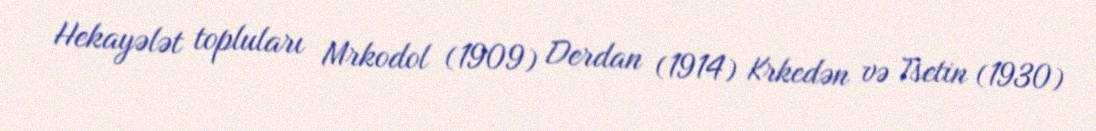
Hekayələt topluları Mrkodol (1909) Derdan (1914) Krkedən və Tsetin (1930)